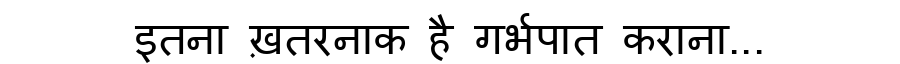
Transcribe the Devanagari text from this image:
इतना ख़तरनाक है गर्भपात कराना...